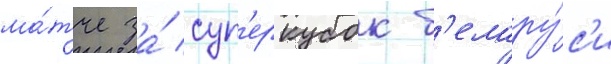
ма́тче за́ суп'еркубок б'елару́с'и